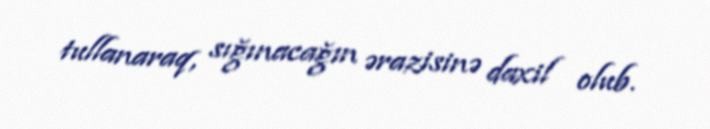
tullanaraq, sığınacağın ərazisinə daxil olub.